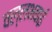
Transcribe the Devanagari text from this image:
वल्लभबाई